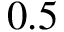
0 . 5